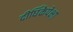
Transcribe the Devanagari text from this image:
दीर्घिकेपेक्षा